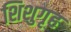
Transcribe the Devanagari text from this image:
शिशुगृह